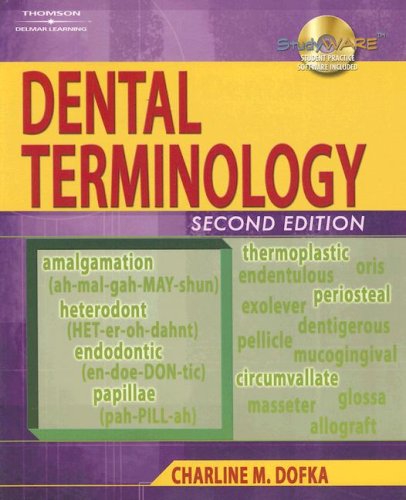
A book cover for Dental Terminology; Charline M. Dofka; Medical Books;